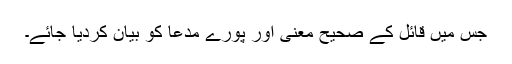
جس میں قائل کے صحیح معنی اور پورے مدعا کو بیان کردیا جائے۔